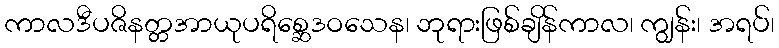
ကာလဒီပဇိနတ္တအာယုပရိစ္ဆေဒဝသေန၊ ဘုရားဖြစ်ချိန်ကာလ၊ ကျွန်း၊ အရပ်၊